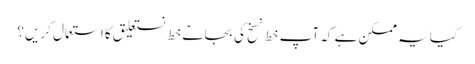
کیا یہ ممکن ہے کہ آپ خط نسخ کی بجاےؑ خط نستعلیق کا استعمال کریں؟